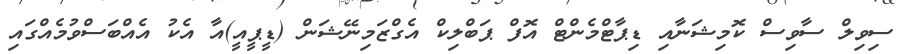
ސިވިލް ސާވިސް ކޮމިޝަނާއި ޑިޕާޓްމެންޓް އޮފް ޕަބްލިކް އެގްޒަމިނޭޝަން (ޑީޕީއީ)އާ އެކު އެއްބަސްވުމެއްގައި